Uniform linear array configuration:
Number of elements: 48
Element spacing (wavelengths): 0.5
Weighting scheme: hamming
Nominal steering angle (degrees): -45
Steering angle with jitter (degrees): -43.511
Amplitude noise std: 0.05
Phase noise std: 0.05

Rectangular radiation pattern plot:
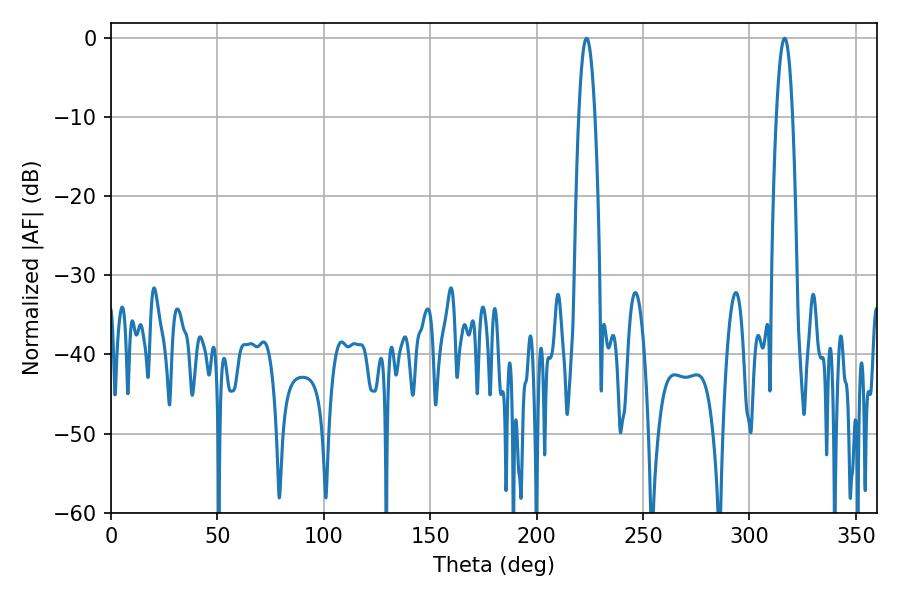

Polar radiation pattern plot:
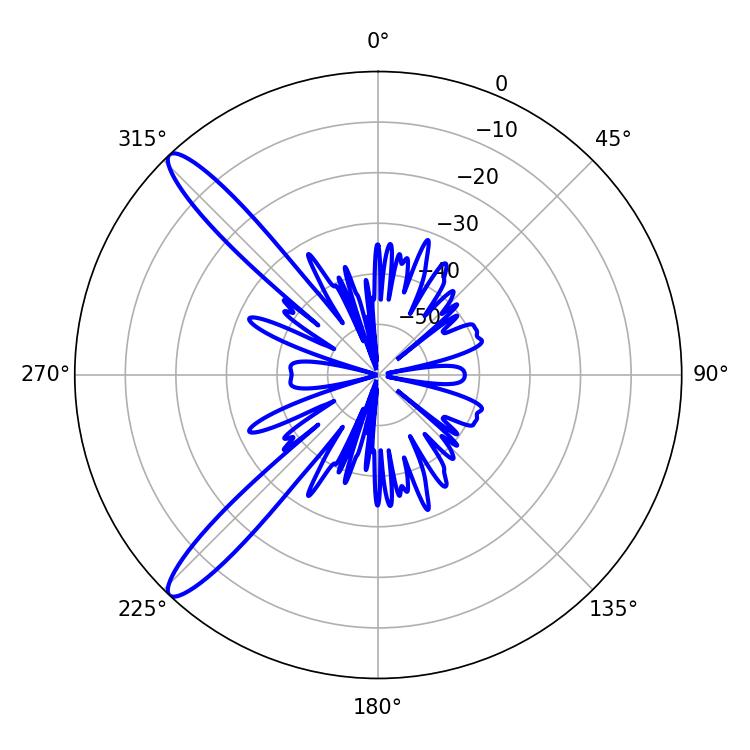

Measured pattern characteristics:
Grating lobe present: FALSE
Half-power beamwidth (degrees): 4.14
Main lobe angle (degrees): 223.38